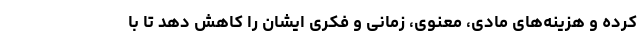
کرده و هزینه‌های مادی، معنوی، زمانی و فکری ایشان را کاهش دهد تا با